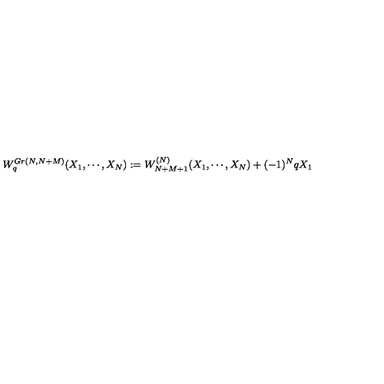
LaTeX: W _ { q } ^ { G r ( N , N + M ) } ( X _ { 1 } , \cdots , X _ { N } ) : = W _ { N + M + 1 } ^ { ( N ) } ( X _ { 1 } , \cdots , X _ { N } ) + ( - 1 ) ^ { N } q X _ { 1 }